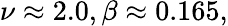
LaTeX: \nu\approx 2.0,\beta\approx 0.165,